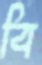
বি